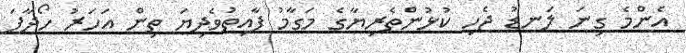
އެންމެ ގިނަ ލަނޑު ޖެހި ކުޅުންތެރިޔާގެ މަގާމު ފާއިތުވެދިޔަ ތިން އަހަރު ހޯދާފަ